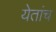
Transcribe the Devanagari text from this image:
येतांच